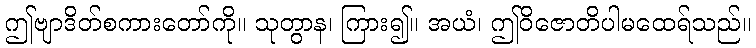
ဤဗျာဒိတ်စကားတော်ကို။ သုတွာန၊ ကြား၍။ အယံ၊ ဤဝိဇောတိပါမထေရ်သည်။